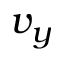
v _ { y }